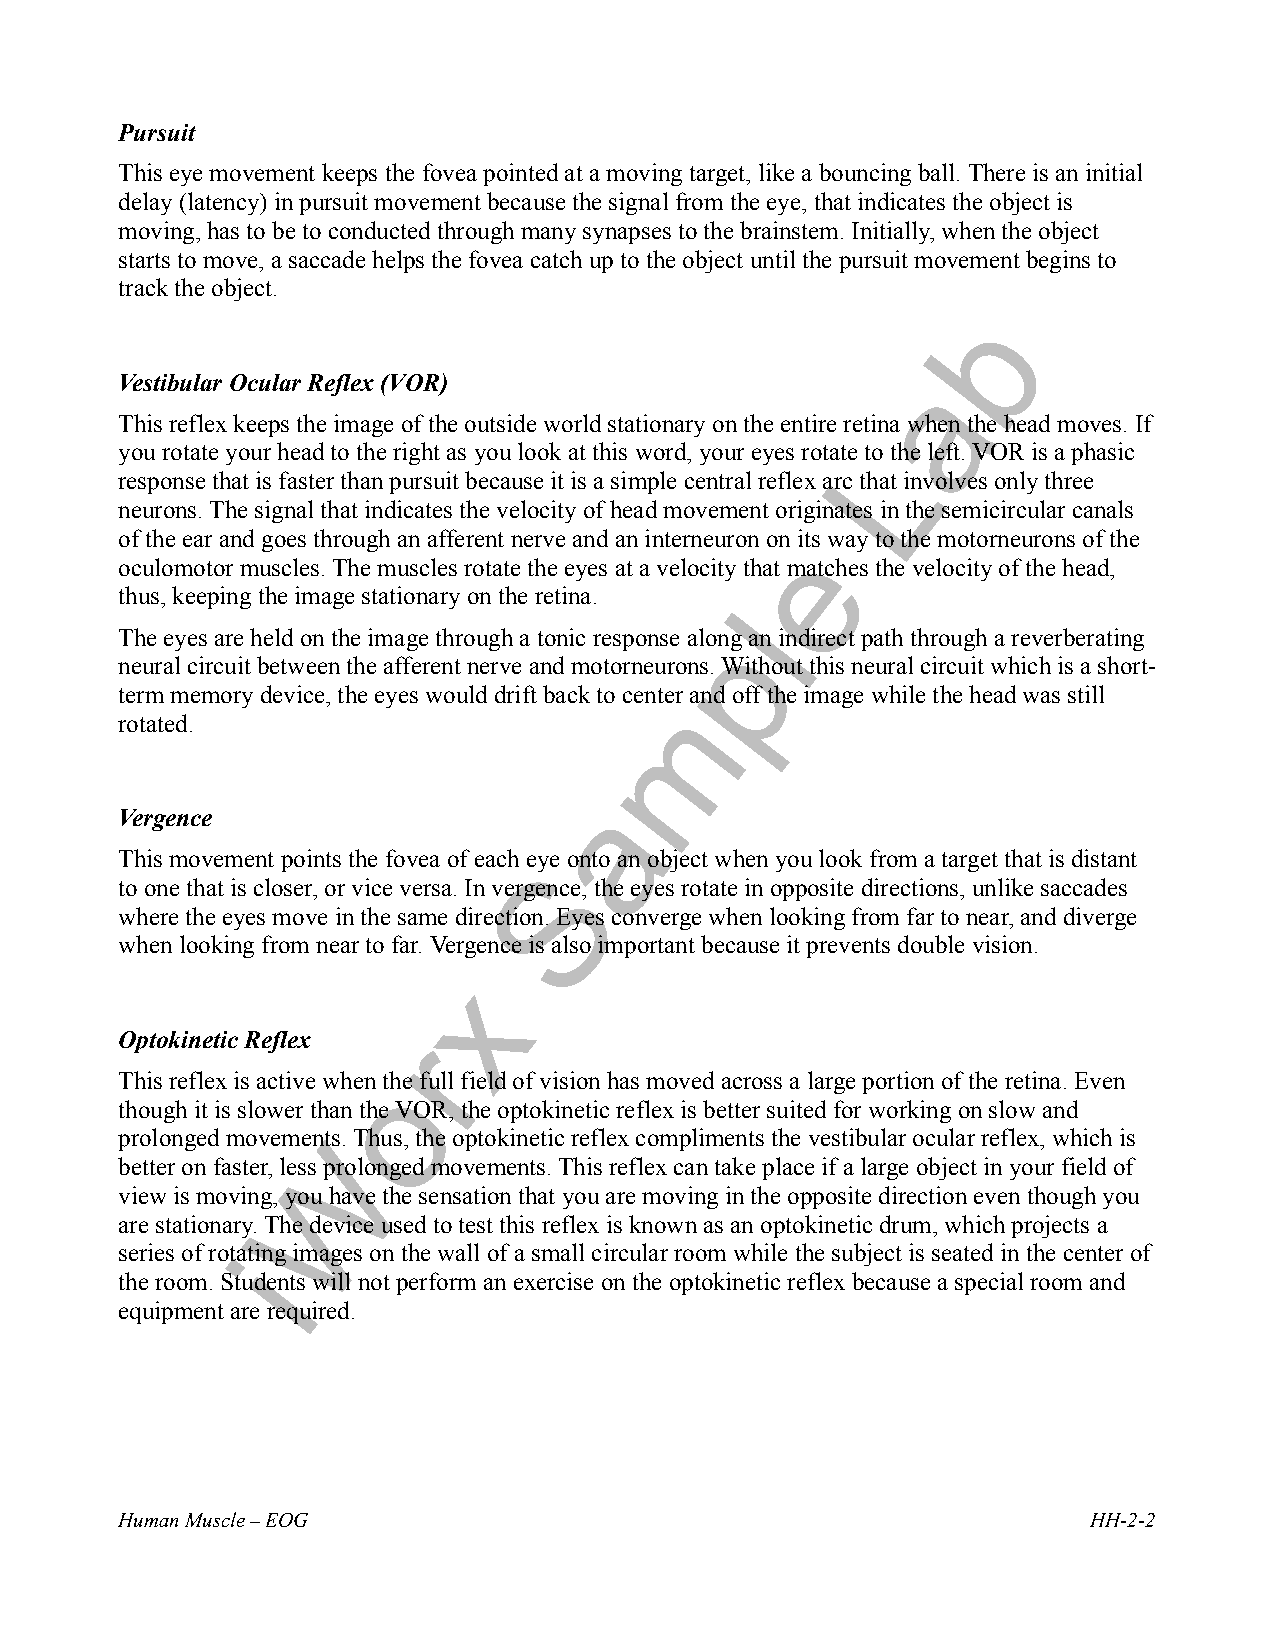
Pursuit
 This eye movement keeps the fovea pointed at a moving target, like a bouncing ball. There is an initial
 delay (latency) in pursuit movement because the signal from the eye, that indicates the object is
 moving, has to be to conducted through many synapses to the brainstem. Initially, when the object
 starts to move, a saccade helps the fovea catch up to the object until the pursuit movement begins to
 track the object.
 Vestibular Ocular Reflex (VOR)
 This reflex keeps the image of the outside world stationary on the entire retina when the head moves. If
 you rotate your head to the right as you look at this word, your eyes rotate to the left. VOR is a phasic
 response that is faster than pursuit because it is a simple central reflex arc that involves only three
 neurons. The signal that indicates the velocity of head movement originates in the semicircular canals
 of the ear and goes through an afferent nerve and an interneuron on its way to the motorneurons of the
 oculomotor muscles. The muscles rotate the eyes at a velocity that matches the velocity of the head,
 thus, keeping the image stationary on the retina.
 The eyes are held on the image through a tonic response along an indirect path through a reverberating
 neural circuit between the afferent nerve and motorneurons. Without this neural circuit which is a short-
 term memory device, the eyes would drift back to center and off the image while the head was still
 rotated.
 Vergence
 This movement points the fovea of each eye onto an object when you look from a target that is distant
 to one that is closer, or vice versa. In vergence, the eyes rotate in opposite directions, unlike saccades
 where the eyes move in the same direction. Eyes converge when looking from far to near, and diverge
 when looking from near to far. Vergence is also important because it prevents double vision.
 Optokinetic Reflex
 This reflex is active when the full field of vision has moved across a large portion of the retina. Even
 though it is slower than the VOR, the optokinetic reflex is better suited for working on slow and
 prolonged movements. Thus, the optokinetic reflex compliments the vestibular ocular reflex, which is
 better on faster, less prolonged movements. This reflex can take place if a large object in your field of
 view is moving, you have the sensation that you are moving in the opposite direction even though you
 are stationary. The device used to test this reflex is known as an optokinetic drum, which projects a
 series of rotating images on the wall of a small circular room while the subject is seated in the center of
 the room. Students will not perform an exercise on the optokinetic reflex because a special room and
 equipment are required.
 Human Muscle – EOG                                              HH-2-2
 i
 W
 o
 r
 x
 S
 a
 m
 p
 l
 e
 L
 a
 b